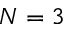
N = 3